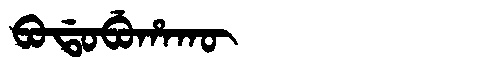
Manchu: ᠪᠣᡩᠣᠪᡠᡥᠠᡴᡡ
Romanization: BODOBUHAKŪ